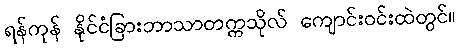
ရန်ကုန် နိုင်ငံခြားဘာသာတက္ကသိုလ် ကျောင်းဝင်းထဲတွင်။